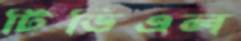
টিভিএল